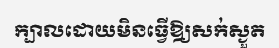
ក្បាលដោយមិនធ្វើឱ្យសក់ស្ងួត